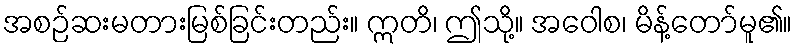
အစဉ်ဆးမတားမြစ်ခြင်းတည်း။ ဣတိ၊ ဤသို့။ အဝေါစ၊ မိန့်တော်မူ၏။